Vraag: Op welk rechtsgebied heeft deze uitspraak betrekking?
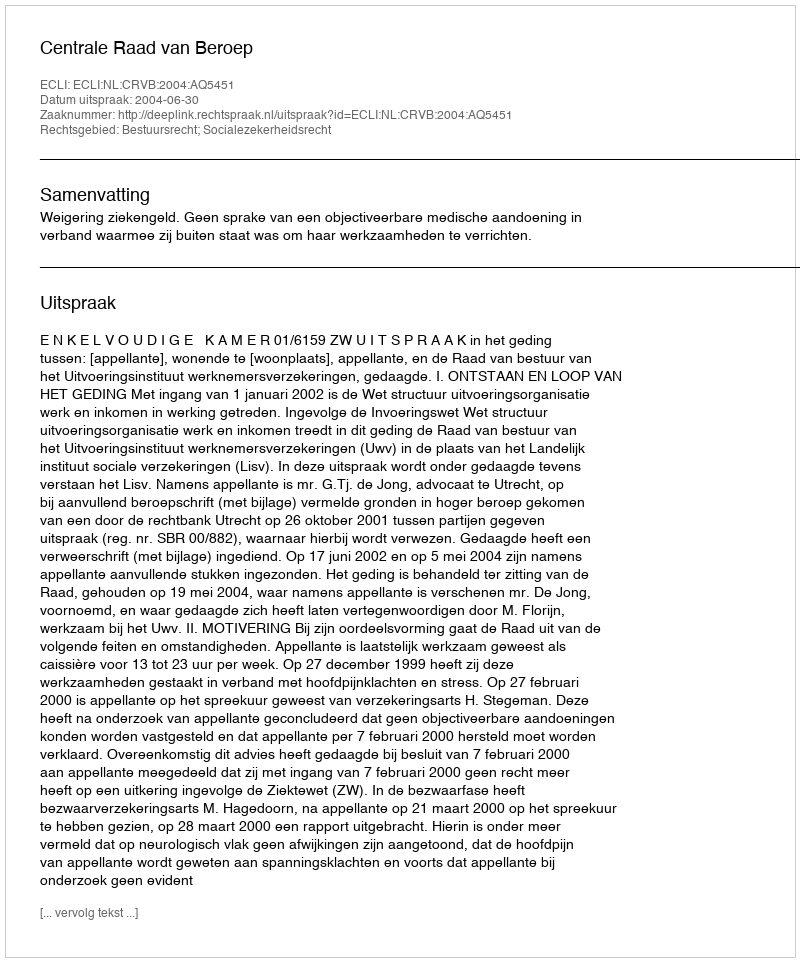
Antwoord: Bestuursrecht; Socialezekerheidsrecht